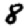
Digit: 8